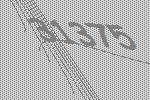
31375